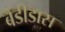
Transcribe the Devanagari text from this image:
बैंडीडास